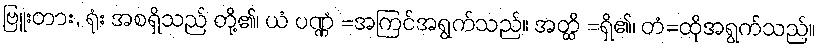
ဗြူးတား, ရုံး အစရှိသည် တို့၏၊ ယံ ပဏ္ဏံ =အကြင်အရွက်သည်။ အတ္ထိ =ရှိ၏၊ တံ=ထိုအရွက်သည်။